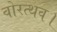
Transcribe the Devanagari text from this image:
वोरत्थव।